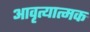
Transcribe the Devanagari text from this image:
आवृत्यात्मक